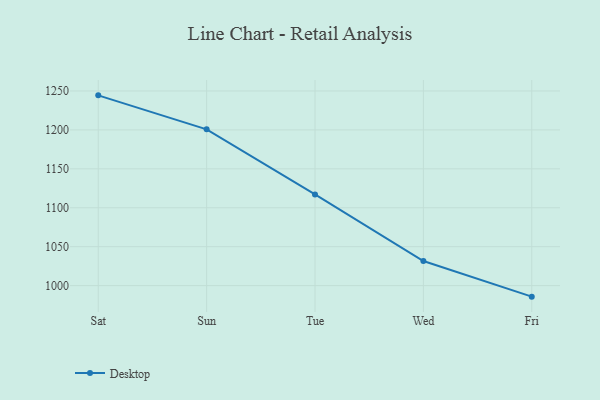
{"axis": {"x": "Day", "y": "Satisfaction Score"}, "legend": ["Desktop"], "data": [{"x": "Sat", "y": 1244.4, "type": "Desktop"}, {"x": "Sun", "y": 1200.7, "type": "Desktop"}, {"x": "Tue", "y": 1117.1, "type": "Desktop"}, {"x": "Wed", "y": 1031.6, "type": "Desktop"}, {"x": "Fri", "y": 985.8, "type": "Desktop"}]}